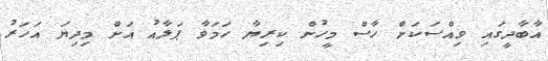
އާބާދީގައި ވިއްސަކަށް ހާސް މީހުން ކިރިޔާ ހަމަވާ ޕަލާއު އަށް މިދިޔަ އަހަރު